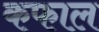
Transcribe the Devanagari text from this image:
कफाल